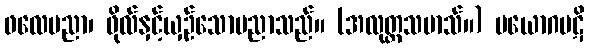
ဖလေပညာ၊ ဖိုလ်နှင့်ယှဉ်သောပညာသည်။ (အလုတ္တသမာသ်။) ပယောဂပဋိ